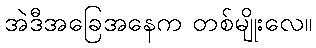
အဲဒီအခြေအနေက တစ်မျိုးလေ။